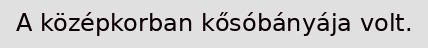
A középkorban kősóbányája volt.